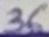
Text: 36